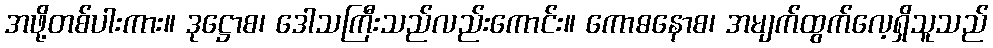
အဖို့တစ်ပါးကား။ ဒုဋ္ဌောစ၊ ဒေါသကြီးသည်လည်းကောင်း။ ကောဓနောစ၊ အမျက်ထွက်လေ့ရှိသူသည်